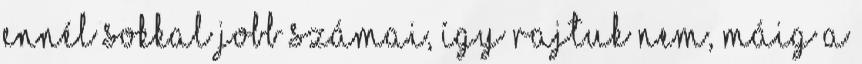
ennél sokkal jobb számai, így rajtuk nem, máig a